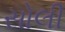
સોલી